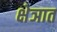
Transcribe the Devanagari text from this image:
क्षेञात